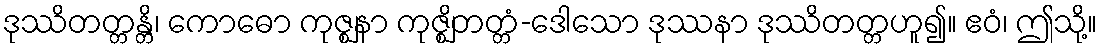
ဒုဿိတတ္တန္တိ၊ ကောဓော ကုဇ္ဈနာ ကုဇ္ဈိတတ္တံ-ဒေါသော ဒုဿနာ ဒုဿိတတ္တဟူ၍။ ဧဝံ၊ ဤသို့။